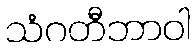
သံဂတီဘာဝါ